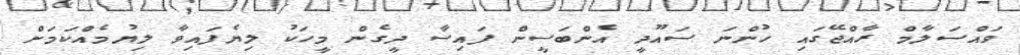
ވައްސަލާމް ރާއްޖޭގައި ހުންނަ ސައޫދީ އެންބަސީން ފައިސާ ދީގެން މީހަކު ލިޔެފައިވާ ލިޔުމެއްކަމަށް